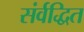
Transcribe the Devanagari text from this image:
संर्वद्धित